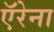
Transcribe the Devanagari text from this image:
ऍरेना